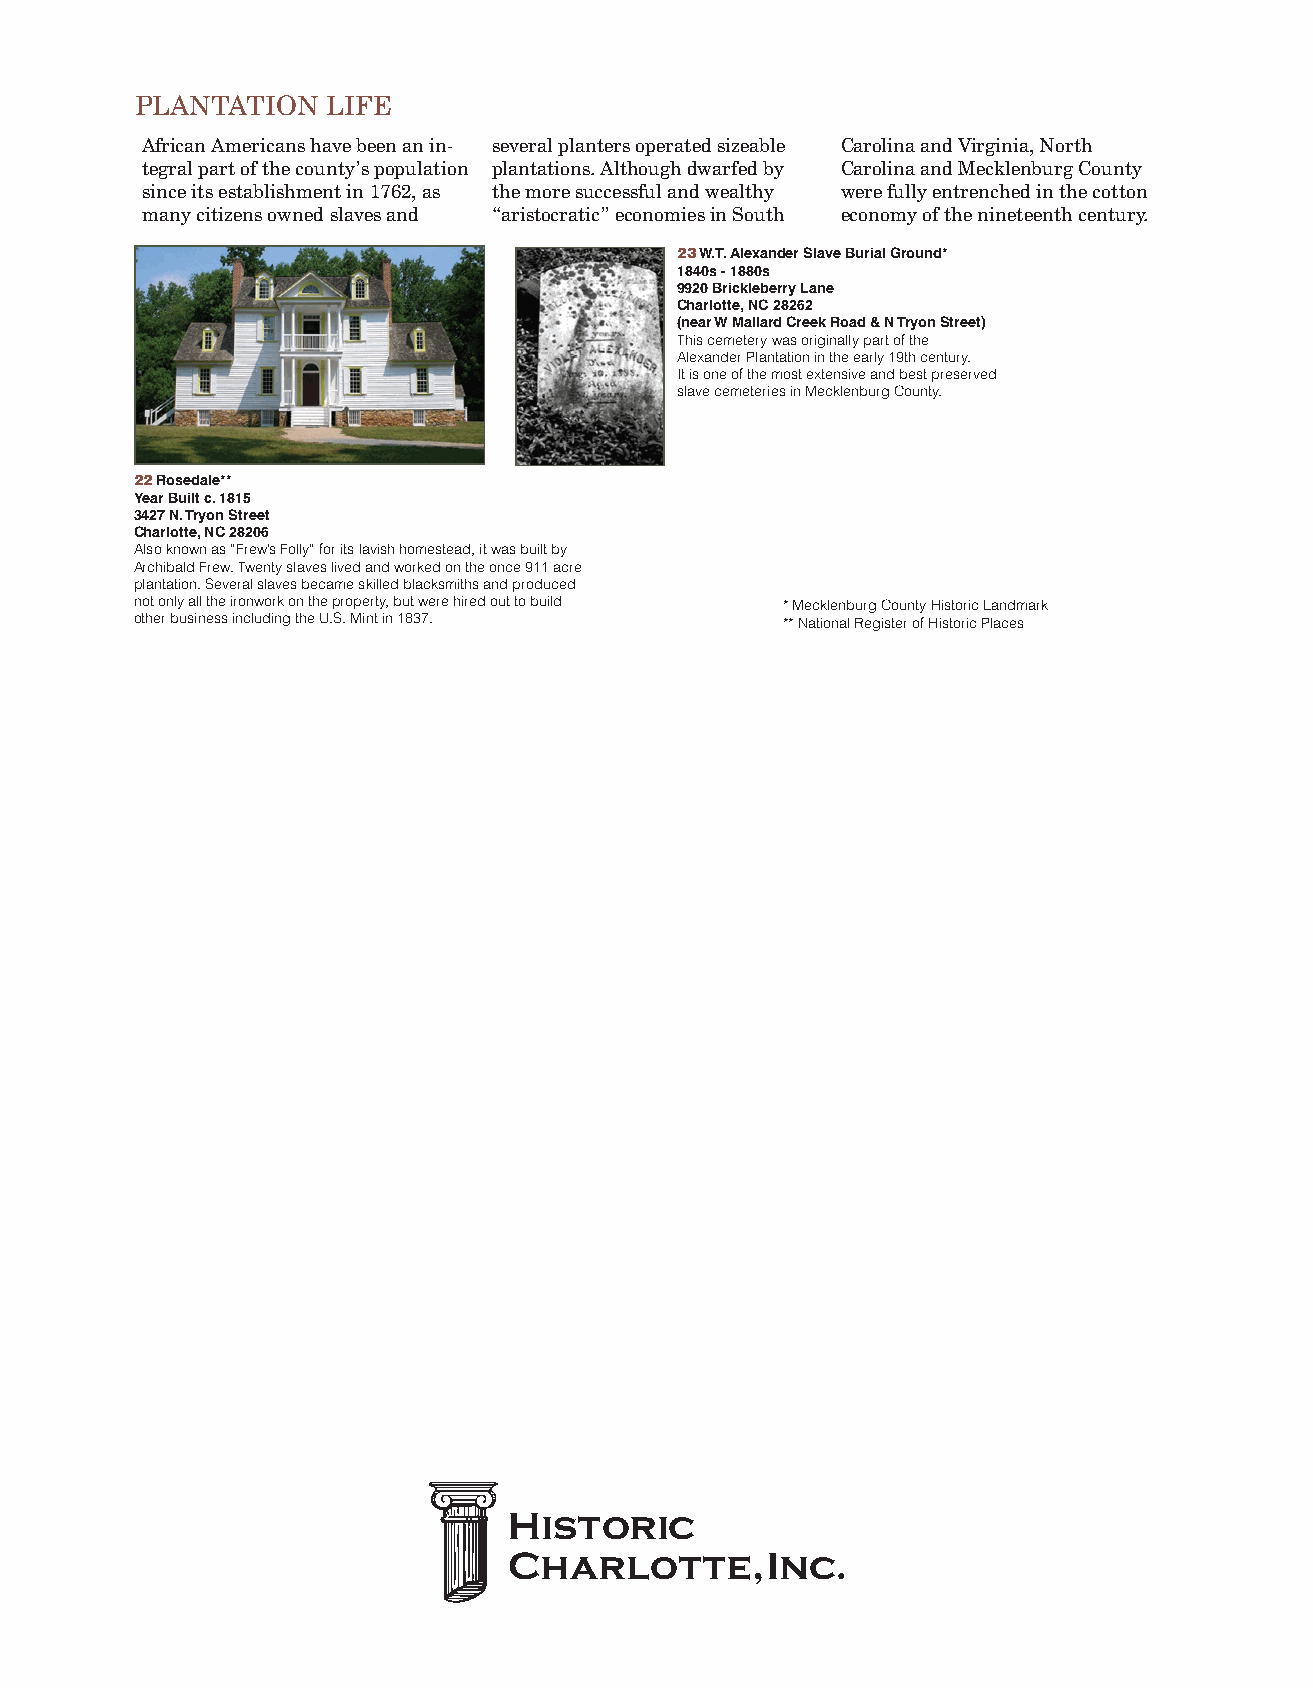
PLANTATION   LIFE
 African Americans have been an in- several planters operated sizeable Carolina and Virginia, North
 tegral part of the county’s population plantations. Although dwarfed by Carolina and Mecklenburg County
 since its establishment in 1762, as the more successful and wealthy were fully entrenched in the cotton
 many citizens owned slaves and “aristocratic” economies in South economy of the nineteenth century.
 23 W.T. Alexander Slave Burial Ground*
 1840s - 1880s
 9920 Brickleberry Lane
 Charlotte, NC 28262
 (near W Mallard Creek Road & N Tryon Street)
 This cemetery was originally part of the
 Alexander Plantation in the early 19th century.
 It is one of the most extensive and best preserved
 slave cemeteries in Mecklenburg County.
 22 Rosedale**
 Year Built c. 1815
 3427 N. Tryon Street
 Charlotte, NC 28206
 Also known as “Frew’s Folly” for its lavish homestead, it was built by
 Archibald Frew. Twenty slaves lived and worked on the once 911 acre
 plantation. Several slaves became skilled blacksmiths and produced
 not only all the ironwork on the property, but were hired out to build * Mecklenburg County Historic Landmark
 other business including the U.S. Mint in 1837. ** National Register of Historic Places
 Historic
 Charlotte,       Inc.